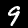
Label: 9